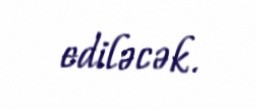
ediləcək.